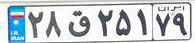
۲۸ق۲۵۱۷۹